Indian journal of veterinary science and animal husbandry - Volume 5,
Year: 1935
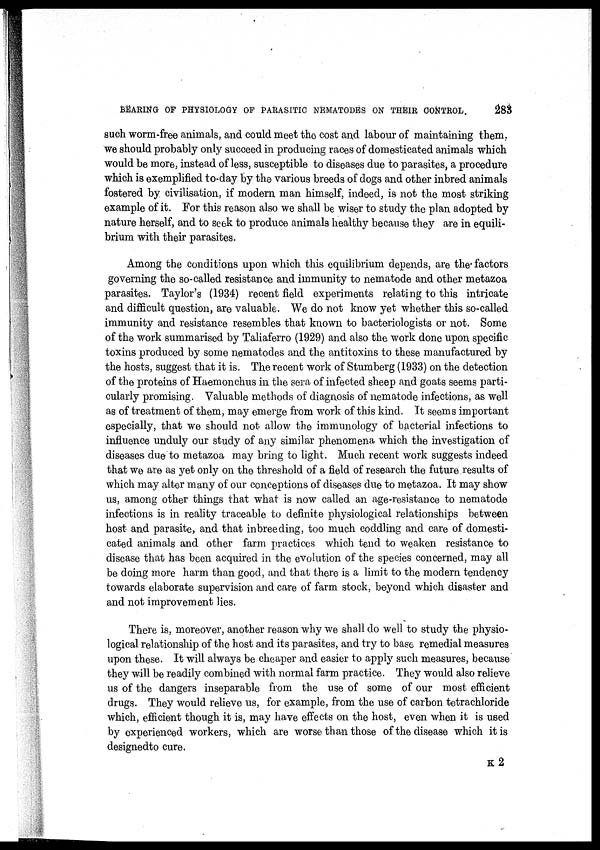
BEARING OF PHYSIOLOGY OF PARASITIC NEMATODES ON THEIR CONTROL.
283
such worm-free animals, and could meet the cost and labour of maintaining them,
we should probably only succeed in producing races of domesticated animals which
would be more, instead of less, susceptible to diseases due to parasites, a procedure
which is exemplified to-day by the various breeds of dogs and other inbred animals
fostered by civilisation, if modern man himself, indeed, is not the most striking
example of it. For this reason also we shall be wiser to study the plan adopted by
nature herself, and to seek to produce animals healthy because they are in equili-
brium with their parasites.
Among the conditions upon which this equilibrium depends, are the factors
governing the so-called resistance and immunity to nematode and other metazoa
parasites. Taylor's (1934) recent field experiments relating to this intricate
and difficult question, are valuable. We do not know yet whether this so-called
immunity and resistance resembles that known to bacteriologists or not. Some
of the work summarised by Taliaferro (1929) and also the work done upon specific
toxins produced by some nematodes and the antitoxins to these manufactured by
the hosts, suggest that it is. The recent work of Stumberg (1933) on the detection
of the proteins of Haemonchus in the sera of infected sheep and goats seems parti-
cularly promising. Valuable methods of diagnosis of nematode infections, as well
as of treatment of them, may emerge from work of this kind. It seems important
especially, that we should not allow the immunology of bacterial infections to
influence unduly our study of any similar phenomena which the investigation of
diseases due to metazoa may bring to light. Much recent work suggests indeed
that we are as yet only on the threshold of a field of research the future results of
which may alter many of our conceptions of diseases due to metazoa. It may show
us, among other things that what is now called an age-resistance to nematode
infections is in reality traceable to definite physiological relationships between
host and parasite, and that inbreeding, too much coddling and care of domesti-
cated animals and other farm practices which tend to weaken resistance to
disease that has been acquired in the evolution of the species concerned, may all
be doing more harm than good, and that there is a limit to the modern tendency
towards elaborate supervision and care of farm stock, beyond which disaster and
and not improvement lies.
There is, moreover, another reason why we shall do well to study the physio-
logical relationship of the host and its parasites, and try to base remedial measures
upon these. It will always be cheaper and easier to apply such measures, because
they will be readily combined with normal farm practice. They would also relieve
us of the dangers inseparable from the use of some of our most efficient
drugs. They would relieve us, for example, from the use of carbon tetrachloride
which, efficient though it is, may have effects on the host, even when it is used
by experienced workers, which are worse than those of the disease which it is
designedto cure.
K 2